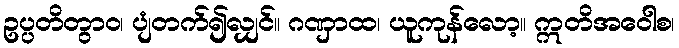
ဥပ္ပတိတွာဝ၊ ပျံတက်၍လျှင်။ ဂဏှာထ၊ ယူကုန်လော့။ ဣတိအဝေါစ၊